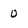
Character: 0